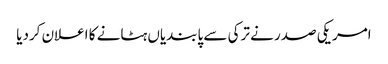
امریکی صدر نے ترکی سے پابندیاں ہٹانے کا اعلان کردیا